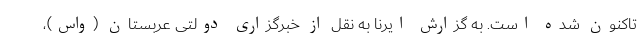
تاکنون شده است. به گزارش ایرنا به نقل از خبرگزاری دولتی عربستان (واس)،